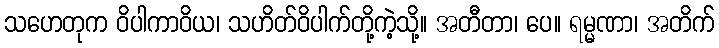
သဟေတုက ဝိပါကာဝိယ၊ သဟိတ်ဝိပါက်တို့ကဲ့သို့။ အတီတာ၊ ပေ။ ရမ္မဏာ၊ အတိက်